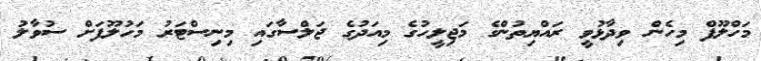
މަހްލޫފް މިހެން ވިދާޅުވީ ރައްޔިތުންގެ މަޖިލީހުގެ މިއަދުގެ ޖަލްސާގައި މިނިސްޓަރު މަހުލޫފަށް ސުވާލު